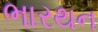
ભારથન